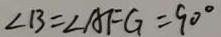
\angle B = \angle A F G = 9 0 ^ { \circ }